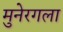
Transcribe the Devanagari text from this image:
मुनेरगला